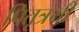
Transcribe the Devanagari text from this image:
पितृत्रयी